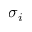
\sigma _ { i }